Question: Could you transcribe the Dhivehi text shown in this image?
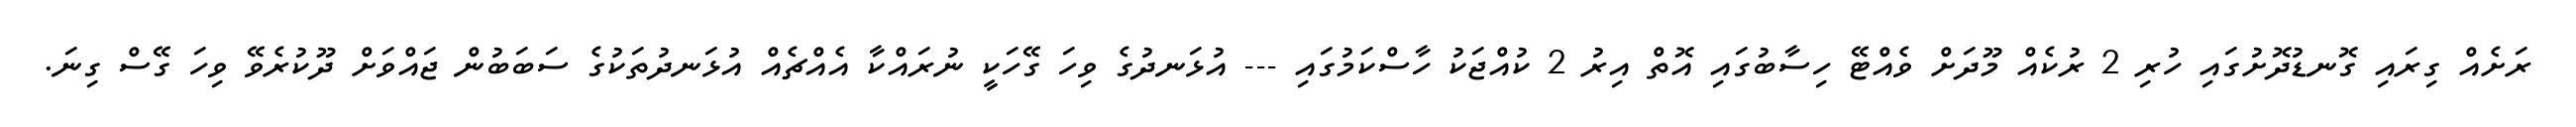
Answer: ރަށެއް ގިރައި ގޮނޑުދޮށުގައި ހުރި 2 ރުކެއް މޫދަށް ވެއްޓޭ ހިސާބުގައި އޮތް އިރު 2 ކުއްޖަކު ހާސްކަމުގައި --- އުޅަނދުގެ ވިހަ ގޭހަކީ ނުރައްކާ އެއްޗެއް އުޅަނދުތަކުގެ ސަބަބުން ޖައްވަށް ދޫކުރެވޭ ވިހަ ގޭސް ގިނަ.